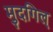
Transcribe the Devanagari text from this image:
मुदगिल्